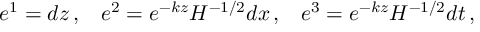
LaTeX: e ^ { 1 } = d z \, , \; \; \; e ^ { 2 } = e ^ { - k z } H ^ { - 1 / 2 } d x \, , \; \; \; e ^ { 3 } = e ^ { - k z } H ^ { - 1 / 2 } d t \, ,